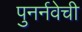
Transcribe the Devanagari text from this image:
पुनर्नवेची